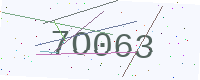
Text: 7O063